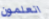
اتعلمون